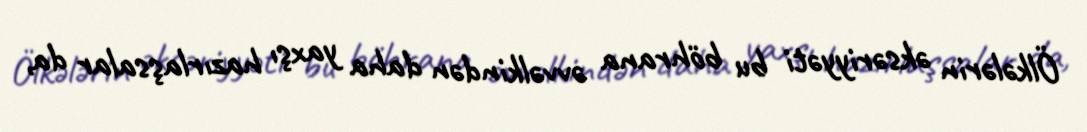
Ölkələrin əksəriyyəti bu böhrana əvvəlkindən daha yaxşı hazırlaşsalar da,